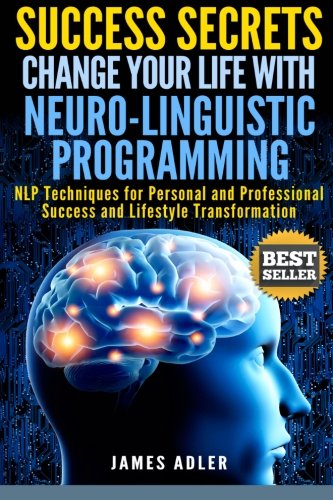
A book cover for Success Secrets: Change Your Life With Neuro-Linguistic Programming. .: NLP Techniques for Personal and Professional Success and Lifestyle ... Programming, NLP for Beginners) (Volume 1); James Adler; Self-Help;